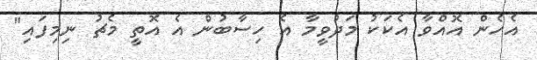
އެހެން އޮއްވާ އެކަކު މަދުވީމާ އެ ހިސާބުން އެ އޮތީ މެޗު ނިމިފައި"